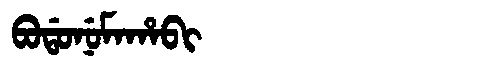
Manchu: ᠪᠣᡩᠣᠨᡠᠮᠠᡥᠠᠪᡳ
Romanization: BODONUMAHABI